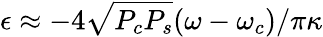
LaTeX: \epsilon\approx-4\sqrt{P_{c}P_{s}}(\omega-\omega_{c})/\pi\kappa